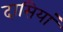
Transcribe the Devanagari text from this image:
दासियां